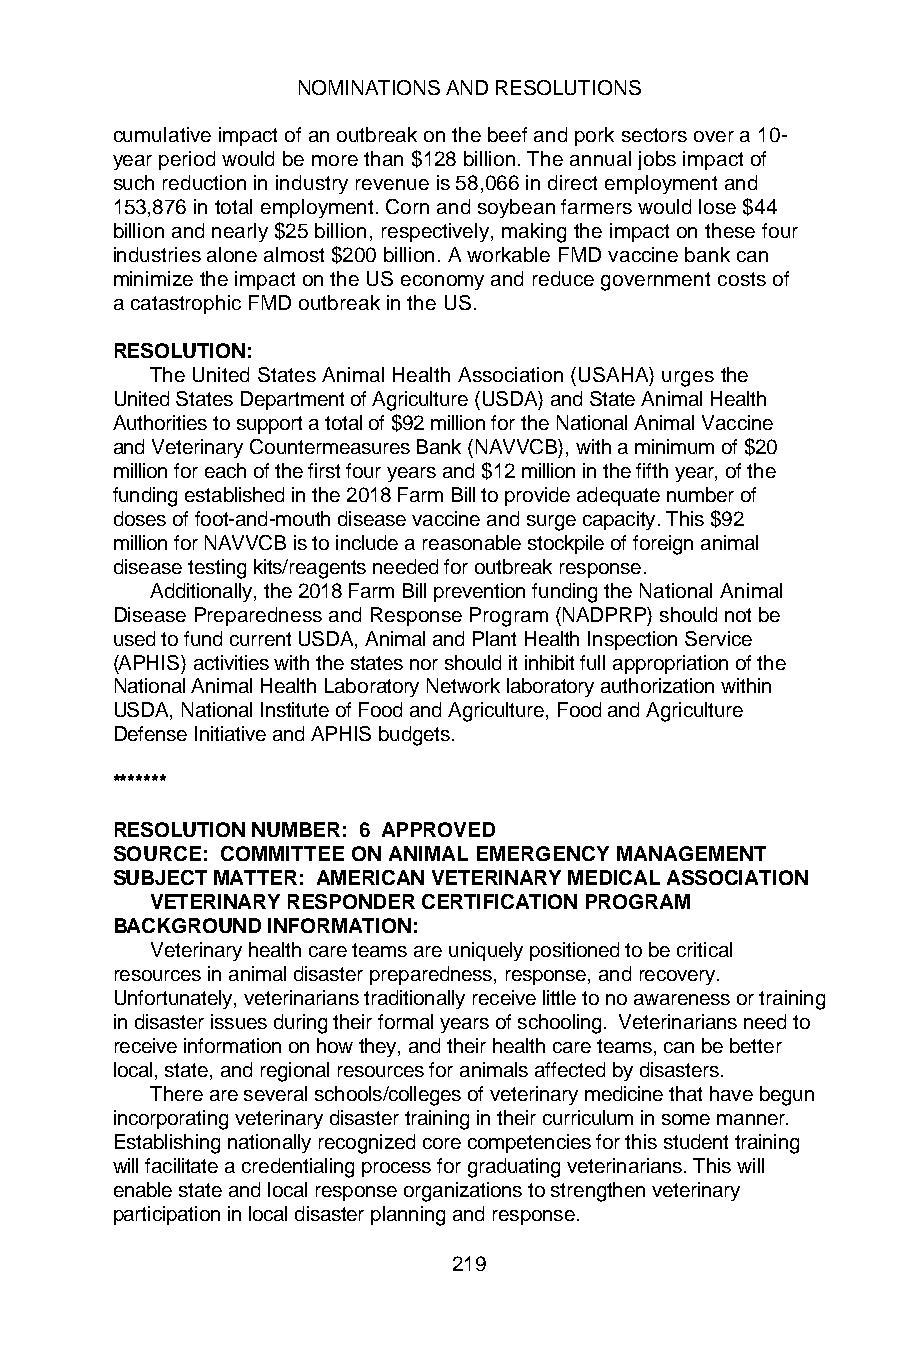
NOMINATIONS AND RESOLUTIONS
 cumulative impact of an outbreak on the beef and pork sectors over a 10-
 year period would be more than $128 billion. The annual jobs impact of
 such reduction in industry revenue is 58,066 in direct employment and
 153,876 in total employment. Corn and soybean farmers would lose $44
 billion and nearly $25 billion, respectively, making the impact on these four
 industries alone almost $200 billion. A workable FMD vaccine bank can
 minimize the impact on the US economy and reduce government costs of
 a catastrophic FMD outbreak in the US.
 RESOLUTION:
 The United States Animal Health Association (USAHA) urges the
 United States Department of Agriculture (USDA) and State Animal Health
 Authorities to support a total of $92 million for the National Animal Vaccine
 and Veterinary Countermeasures Bank (NAVVCB), with a minimum of $20
 million for each of the first four years and $12 million in the fifth year, of the
 funding established in the 2018 Farm Bill to provide adequate number of
 doses of foot-and-mouth disease vaccine and surge capacity. This $92
 million for NAVVCB is to include a reasonable stockpile of foreign animal
 disease testing kits/reagents needed for outbreak response.
 Additionally, the 2018 Farm Bill prevention funding the National Animal
 Disease Preparedness and Response Program (NADPRP) should not be
 used to fund current USDA, Animal and Plant Health Inspection Service
 (APHIS) activities with the states nor should it inhibit full appropriation of the
 National Animal Health Laboratory Network laboratory authorization within
 USDA, National Institute of Food and Agriculture, Food and Agriculture
 Defense Initiative and APHIS budgets.
 *******
 RESOLUTION NUMBER: 6 APPROVED
 SOURCE: COMMITTEE ON ANIMAL EMERGENCY MANAGEMENT
 SUBJECT MATTER: AMERICAN VETERINARY MEDICAL ASSOCIATION
 VETERINARY RESPONDER CERTIFICATION PROGRAM
 BACKGROUND INFORMATION:
 Veterinary health care teams are uniquely positioned to be critical
 resources in animal disaster preparedness, response, and recovery.
 Unfortunately, veterinarians traditionally receive little to no awareness or training
 in disaster issues during their formal years of schooling. Veterinarians need to
 receive information on how they, and their health care teams, can be better
 local, state, and regional resources for animals affected by disasters.
 There are several schools/colleges of veterinary medicine that have begun
 incorporating veterinary disaster training in their curriculum in some manner.
 Establishing nationally recognized core competencies for this student training
 will facilitate a credentialing process for graduating veterinarians. This will
 enable state and local response organizations to strengthen veterinary
 participation in local disaster planning and response.
 219